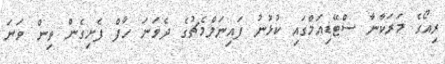
ރިއޯގެ މަރަކާނާ ސްޓޭޑިއަމްގައި ކުޅުނު ފައިނަލްމެޗުގެ ދެވަނަ ހާފް ފެށިގެން ތިން ވަނަ